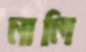
নালি